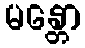
မန္တော